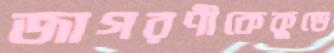
জাগরণীকেকুন্ডে